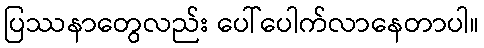
ပြဿနာတွေလည်း ပေါ်ပေါက်လာနေတာပါ။